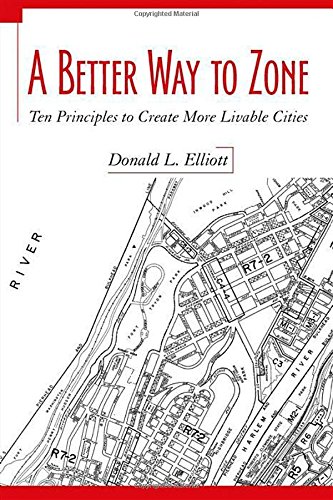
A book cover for A Better Way to Zone: Ten Principles to Create More Livable Cities; Donald L. Elliott; Law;